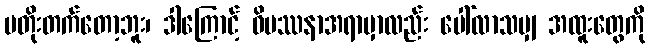
မတိုးတက်တော့ဘူး၊ ဒါကြောင့် ဝိပဿနာအရာမှာလည်း ပေါ်လာသမျှ အထူးတွေကို